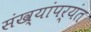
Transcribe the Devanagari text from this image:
संख्यांपर्यंत